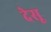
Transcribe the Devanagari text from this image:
देसू